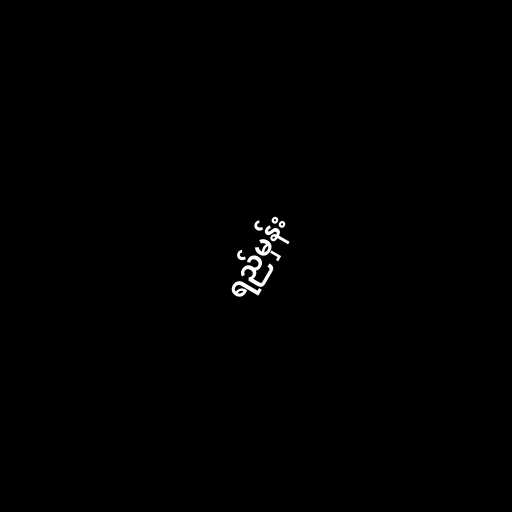
ရည်မှန်း